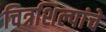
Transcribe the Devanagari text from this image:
चित्रशिल्पांचे